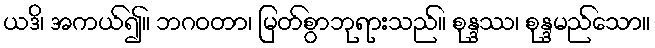
ယဒိ၊ အကယ်၍။ ဘဂဝတာ၊ မြတ်စွာဘုရားသည်။ စုန္ဒဿ၊ စုန္ဒမည်သော။